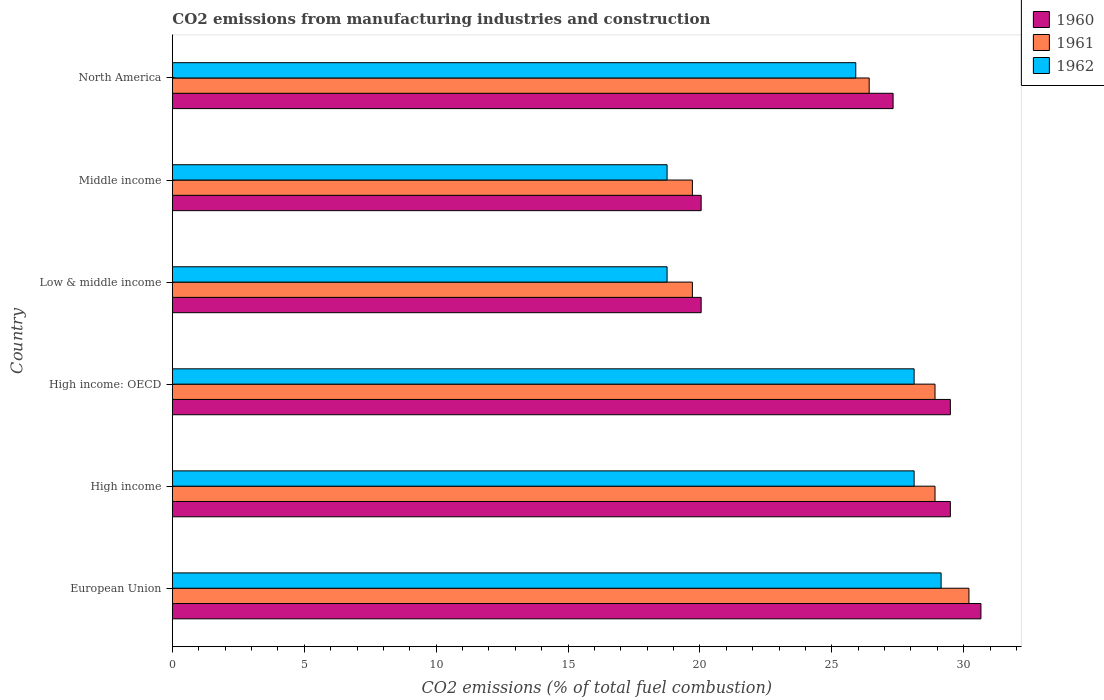
| Country | 1960 | 1961 | 1962 |
 | --- | --- | --- | --- |
 | European Union | 30.7 | 30.2 | 29.1 |
 | High income | 29.5 | 28.9 | 28.1 |
 | High income: OECD | 29.5 | 28.9 | 28.1 |
 | Low & middle income | 20 | 19.7 | 18.8 |
 | Middle income | 20 | 19.7 | 18.8 |
 | North America | 27.3 | 26.4 | 25.9 |